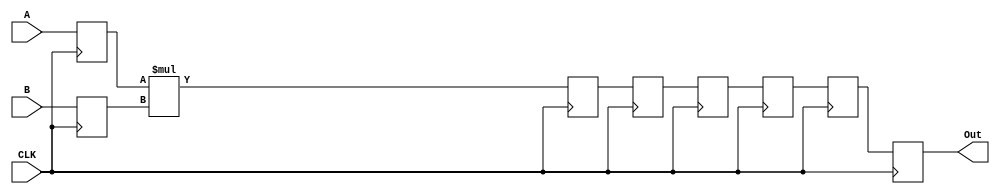
module pipelined_multiplier #(parameter WL=32)(
    input wire CLK,
    input wire [WL-1:0] A,
    input wire [WL-1:0] B,
    output reg [(WL-1) * 2:0] Out
        );
     
    reg [(WL-1):0] a_in, b_in;
    wire [(WL-1) * 2:0] multi_reg;
    reg [(WL-1) * 2:0] pipe1, pipe2, pipe3, pipe4, pipe5;
     
    assign multi_reg = a_in * b_in;
    
    always @(posedge CLK) begin
            a_in <= A; b_in <= B;
            pipe1 <= multi_reg;
            pipe2 <= pipe1;
            pipe3 <= pipe2;
            pipe4 <= pipe3;
            pipe5 <= pipe4;
            Out <= pipe5;
    end
    endmodule